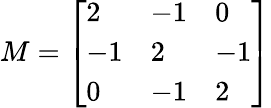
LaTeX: M={\left[\begin{array}{lll}{2}&{-1}&{0}\\ {-1}&{2}&{-1}\\ {0}&{-1}&{2}\end{array}\right]}